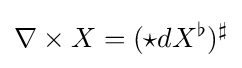
\nabla \times X=({\star }dX^{\flat })^{\sharp }